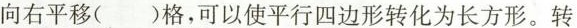
向右平移( )格，可以使平行四边形转